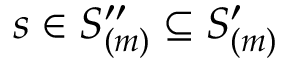
s \in S _ { ( m ) } ^ { \prime \prime } \subseteq S _ { ( m ) } ^ { \prime }